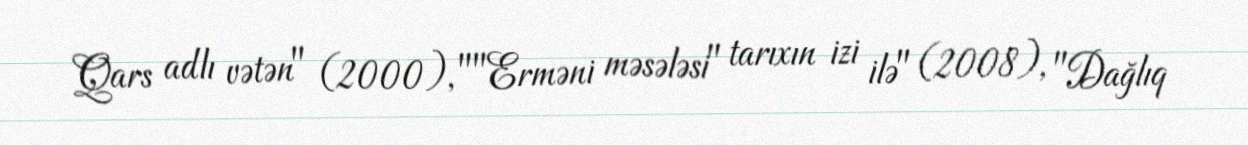
Qars adlı vətən" (2000), ""Erməni məsələsi" tarıxın izi ilə" (2008), "Dağlıq